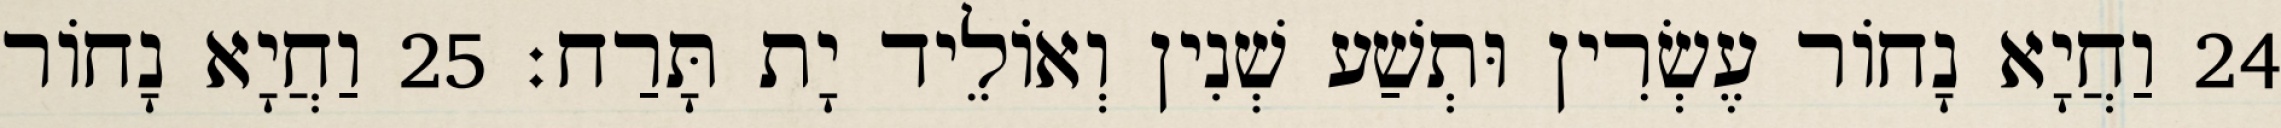
24 וַחֲיָא נָחוֹר עֶשְׂרִין וּתְשַׁע שְׁנִין וְאוֹלֵיד יָת תָּרַח׃ 25 וַחֲיָא נָחוֹר